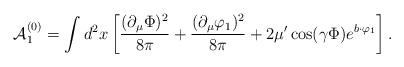
LaTeX: \begin{align*}{\cal A}_1^{(0)}=\int d^2x\left[ \frac{(\partial _\mu \Phi )^2}{8\pi }+\frac{(\partial _\mu \varphi _1)^2}{8\pi }+2\mu ^{\prime }\cos (\gamma \Phi)e^{b\cdot \varphi _1}\right]. \end{align*}